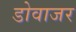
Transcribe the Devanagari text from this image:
डोवाजर